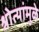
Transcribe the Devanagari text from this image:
श्रोत्यांमुळे